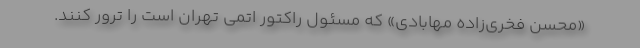
«محسن فخری‌زاده مهابادی» که مسئول راکتور اتمی تهران است را ترور کنند.